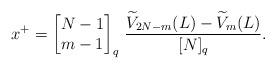
LaTeX: \begin{align*}x^+ = \left[\begin{matrix}N-1 \\ m-1\end{matrix}\right]_q \, \dfrac{\widetilde V_{2N-m}(L) - \widetilde V_{m}(L)}{[N]_q}. \end{align*}